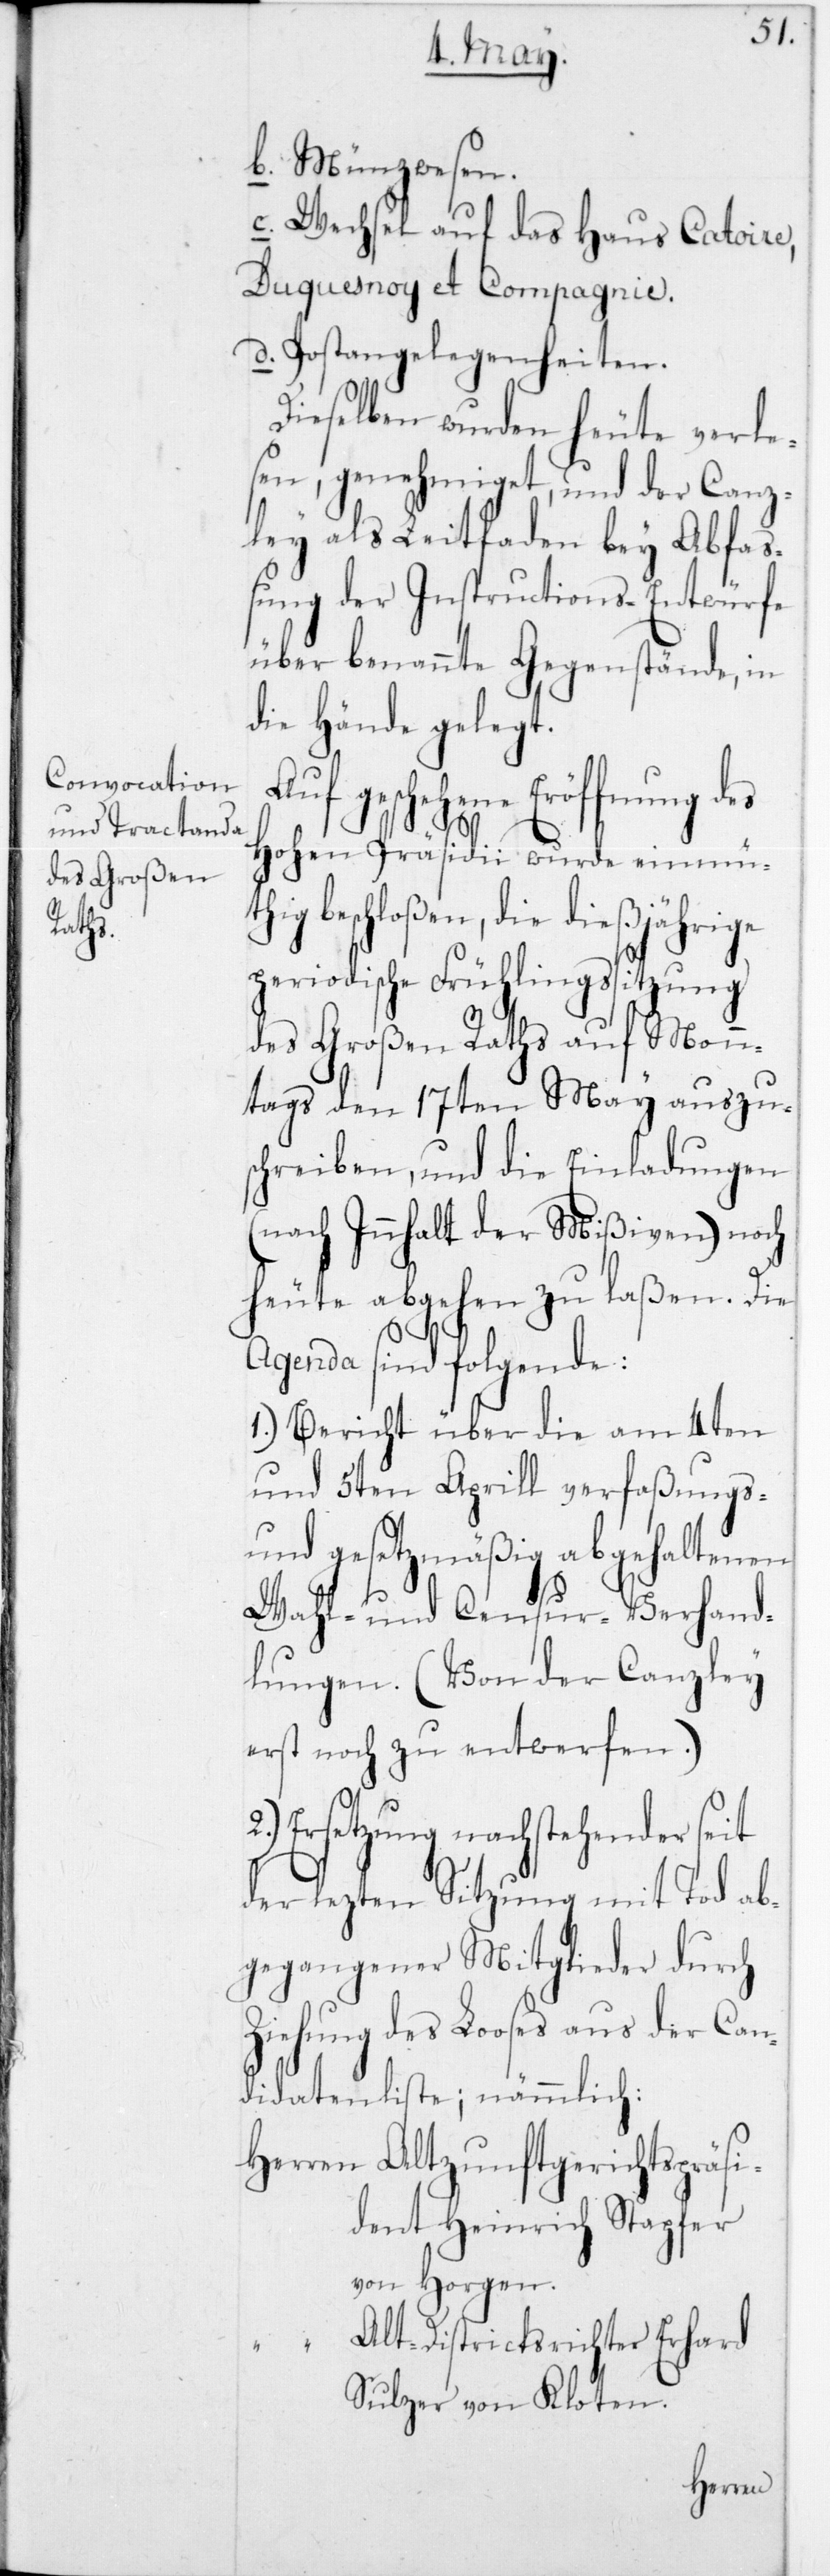
b. Münzwesen.
c. Wechsel auf das Haus Catoire,
Duquesnoy et Compagnie.
d. Postangelegenheiten.
Dieselben wurden heute verle¬
sen, genehmiget, und der Canz¬
ley als Leitfaden bey Abfa¬
ßung der Instructions-Entwürfe
über benannte Gegenstände, in
die Hände gelegt.
Altzunftgerichtspräsi¬
Hohen Präsidii wurde einmüth¬
ig beschloßen, die dießjährige
periodische Frühlingssitzung
des Großen Raths auf Mon¬
ntags den 17ten May auszu¬
schreiben, und die Einladungen
(nach Innhalt der Mißiven) noch
heute abgehen zu laßen. Die
Agenda sind folgende:
1.) Bericht über die am 4ten
und 5ten Aprill verfaßungs-
und gesetzmäßig abgehaltenen
Wahl- und Censur-Verhand¬
lungen. (Von der Canzley
erst noch zu entwerfen.)
2.) Ersetzung nachstehender seit
der lezten Sitzung mit Tod ab¬
gegangener Mitglieder durch
Ziehung des Looses aus der Can¬
didatenliste; nämmlich:
dent Heinrich Stapfer
von Horgen.
Alt-Districtsrichter Erhard
Sulzer von Kloten.
Herrn